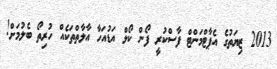
2013 ޒިޔަތުގެ އެޕާޓްމަންޓް ފާސްކުރީ ފޯން ކޯލް އަޑުއަހާ އާލާތްތަކެއް ހުރިތޯ ބެލުމަށް!